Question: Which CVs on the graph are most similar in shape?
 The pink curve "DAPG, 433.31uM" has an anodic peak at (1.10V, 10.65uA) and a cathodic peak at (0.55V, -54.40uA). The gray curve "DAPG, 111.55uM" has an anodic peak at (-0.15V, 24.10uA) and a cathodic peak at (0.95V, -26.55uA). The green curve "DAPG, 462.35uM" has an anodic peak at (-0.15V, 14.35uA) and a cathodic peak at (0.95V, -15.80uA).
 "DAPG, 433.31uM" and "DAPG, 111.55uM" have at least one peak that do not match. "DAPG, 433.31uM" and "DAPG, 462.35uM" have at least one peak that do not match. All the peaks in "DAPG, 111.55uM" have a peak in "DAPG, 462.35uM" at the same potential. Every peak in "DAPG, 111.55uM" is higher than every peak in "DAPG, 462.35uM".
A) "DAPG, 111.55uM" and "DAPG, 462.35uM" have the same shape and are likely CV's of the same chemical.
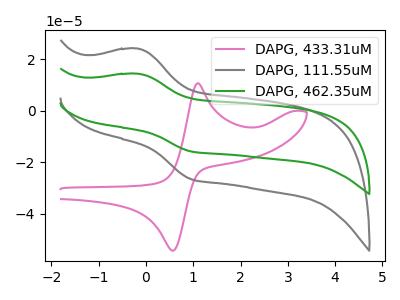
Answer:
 <answer>A) "DAPG, 111.55uM" and "DAPG, 462.35uM" have the same shape and are likely CV's of the same chemical.</answer>
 <eval>A</eval>